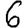
Digit: 6